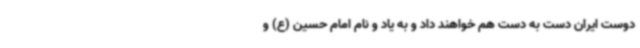
دوست ایران دست به دست هم خواهند داد و به یاد و نام امام حسین (ع) و